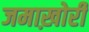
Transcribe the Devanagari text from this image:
जमाख़ोरी